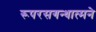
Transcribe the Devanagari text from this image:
रूपरसगन्धात्मने